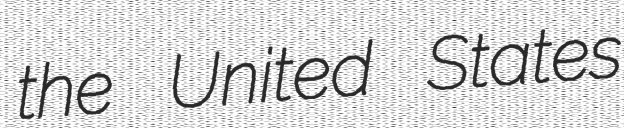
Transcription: the United States